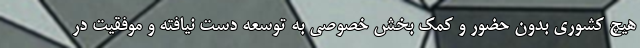
هیچ کشوری بدون حضور و کمک بخش خصوصی به توسعه دست نیافته و موفقیت در